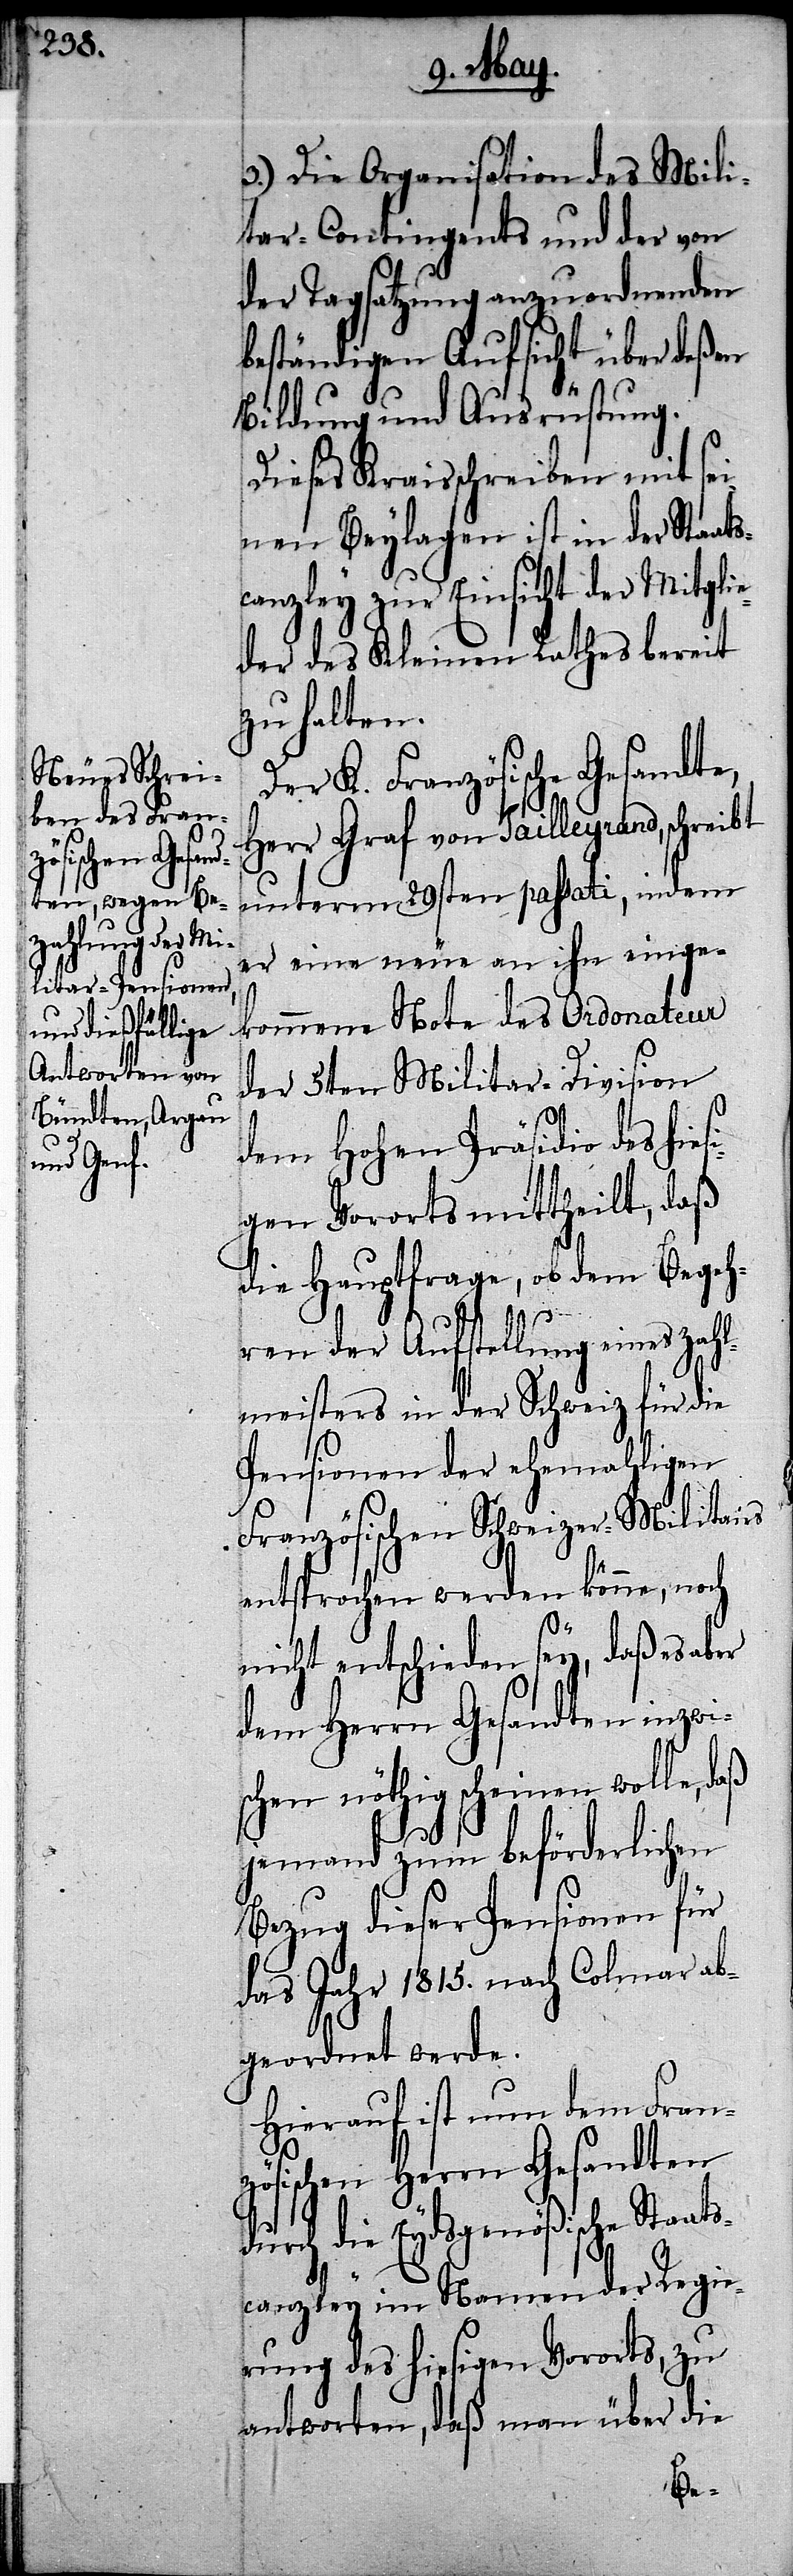
3.) Die Organisation des Mili¬
tar-Contingents und der von
der Tagsatzung anzuordnenden
beständigen Aufsicht über deßen
Bildung und Ausrüstung.
Dieses Kraisschreiben mit sei¬
nen Beylagen ist in der Staat¬
scanzley zur Einsicht der Mitglie¬
der des Kleinen Rathes bereit
zu halten.
Der K. Französische Gesandt¬
Herr Graf von Tailleyrand, schreibt
unterm 29sten passati, indem
er eine neue an ihn einge¬
kommene Note des Ordonateur
der 5ten Militar-Division
dem Hohen Präsidio des hi¬
gen Vororts mittheilt, daß
die Hauptfrage, ob dem Begeh¬
daß
ren der Aufstellung eines Zahl¬
meisters in der Schweiz für die
Pensionen der ehemahligen
Französischen Schweizer-Militairs
entsprochen werden könne, noch
nicht entschieden sey, daß es aber
dem Herrn Gesandten inzwis¬
chen nöthig scheinen wolle,
jemand zum beförderlichen
Bezug dieser Pensionen für
das Jahr 1815. nach Colmar ab¬
geordnet werde.
Hierauf ist nun dem Franz¬
ösischen Herrn Gesandten
durch die Eydsgenößische Staats¬
canzley im Namen der Regie¬
rung des hiesigen Vororts, zu
antworten, daß man über die